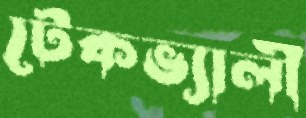
টেকভ্যালী